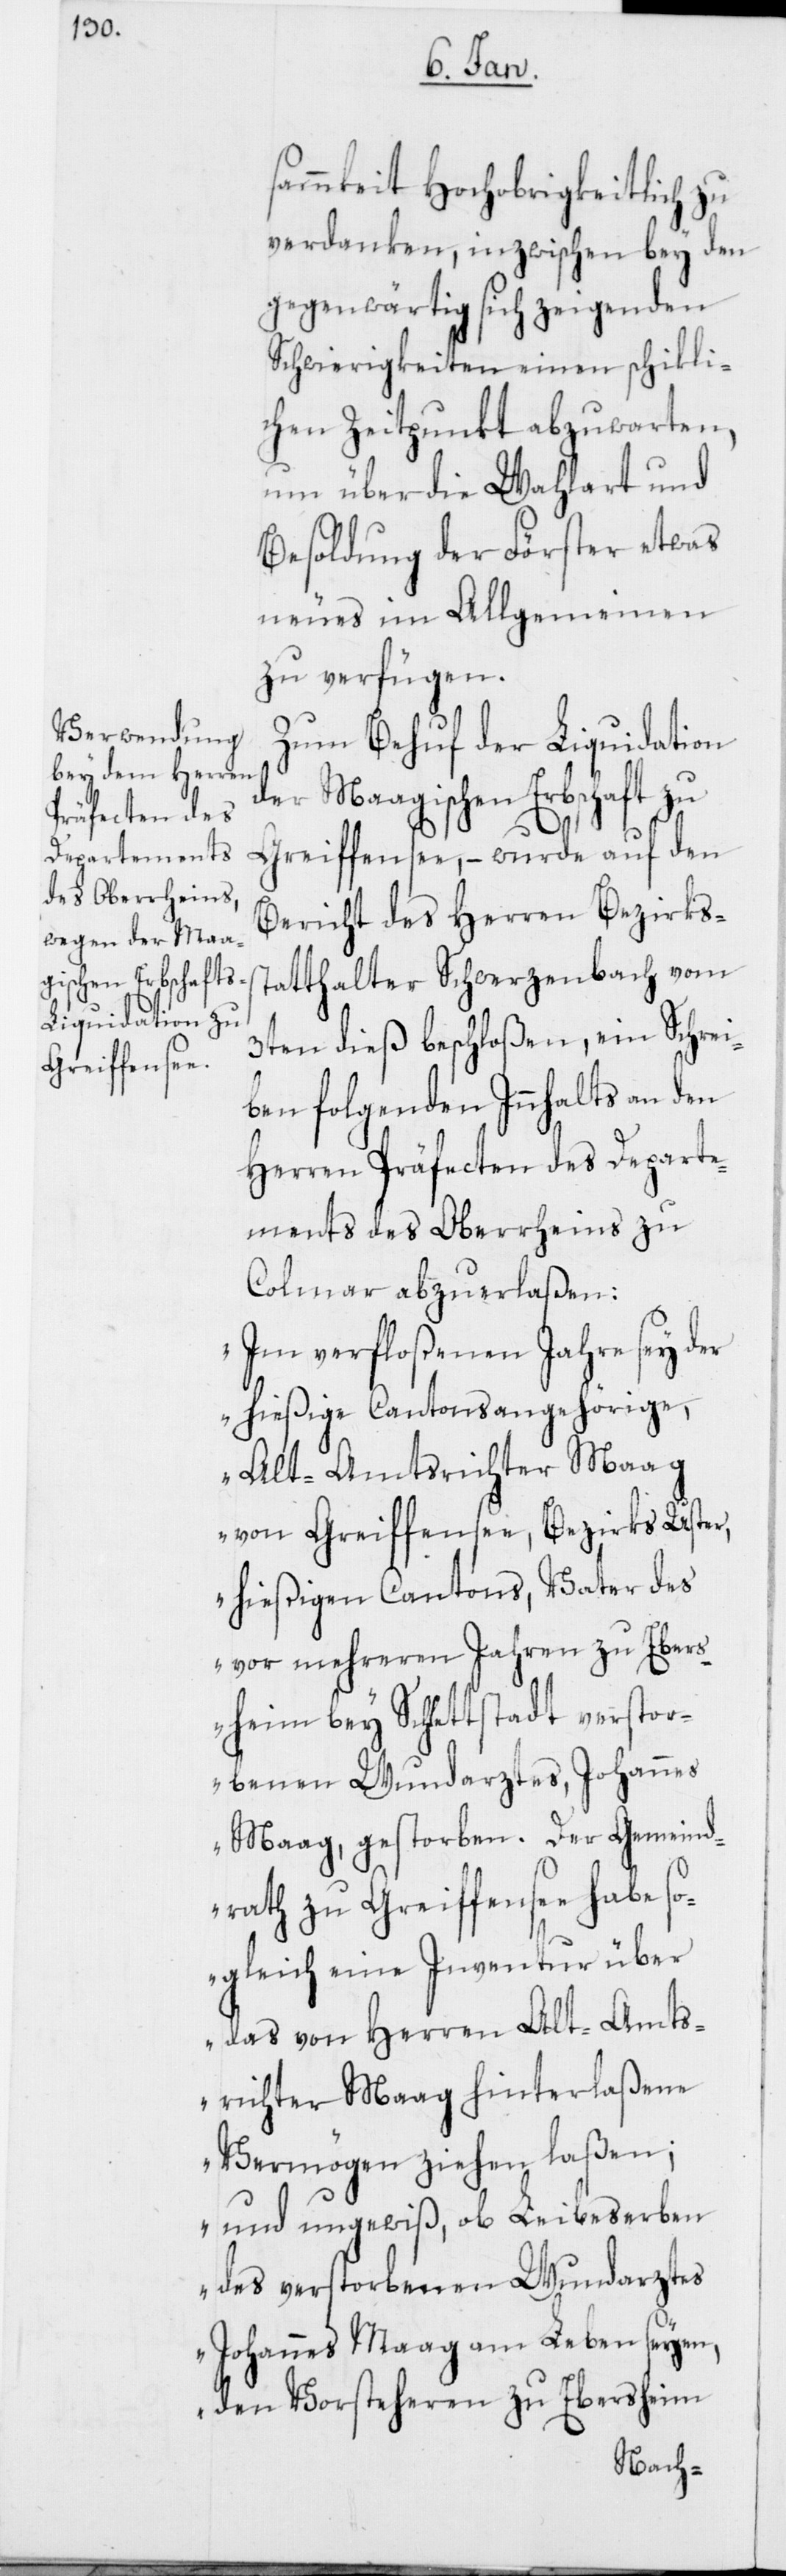
sammkeit Hochobrigkeitlich zu
verdanken, inzwischen bey den
gegenwärtig sich zeigenden
Schwierigkeiten einen schikli¬
chen Zeitpunkt abzuwarten,
um über die Wahlart und
Besoldung der Förster etwas
neues im Allgemeinen
zu verfügen.
Zum Behuf der Liquidation
der Maagischen Erbschaft zu
Greiffensee, – wurde auf den
Bericht des Herren Bezirkss¬
tatthalter Schwerzenbach vom
3ten dieß beschloßen, ein Schrei¬
ben folgenden Innhalts an den
Herren Präfecten des Departe¬
ments des Oberrheins zu
Colmar abzuerlaßen:
„Im verfloßenen Jahre sey der
hießige Cantonsangehörige,
Alt-Amtsrichter Maag
von Greiffensee, Bezirks Uster,
hießigen Cantons, Vater des
vor mehreren Jahren zu Eber¬
sheim bey Schlettstadt verstor¬
benen Wundarztes, Johannes
Maag, gestorben. Der Gemeind¬
rath zu Greiffensee habe so¬
gleich eine Inventur über
das von Herren Alt- Amts¬
richter Maag hinterlaßene
Vermögen ziehen laßen;
und ungewiß, ob Leibeserben
des verstorbenen Wundarztes
Johannes Maag am Leben seyen,
den Vorsteheren zu Ebersheim